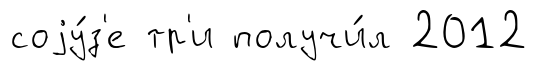
соjу́з'е тр'и получи́л 2012